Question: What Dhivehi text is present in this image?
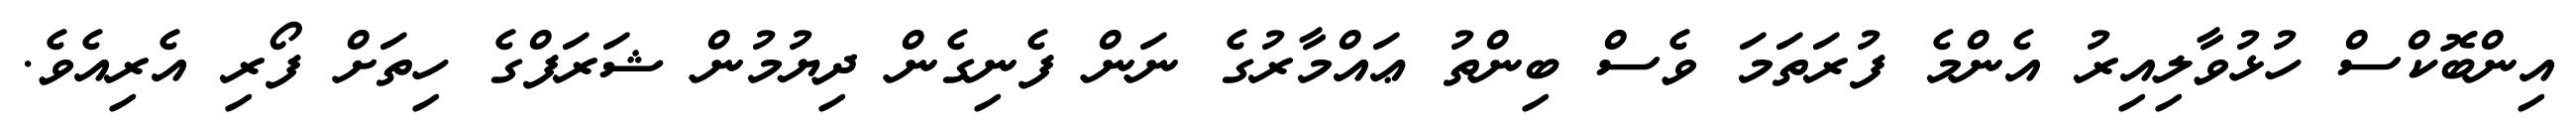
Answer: އިންބޮކްސް ހުޅުވާލިއިރު އެންމެ ފުރަތަމަ ވެސް ބިންތު ޢައްމާރުގެ ނަން ފެނިގެން ދިޔުމުން ޝަރަފްގެ ހިތަށް ފޯރި އެރިއެވެ.